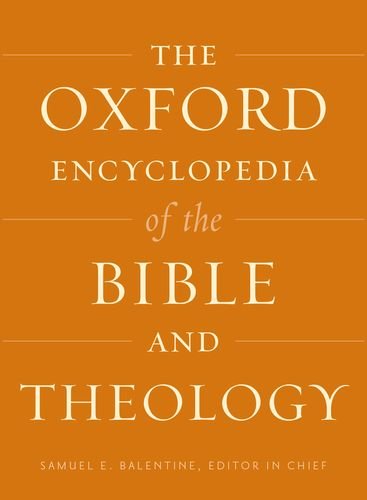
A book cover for The Oxford Encyclopedia of the Bible and Theology: Two-Volume Set (Oxford Encyclopedias of the Bible); Christian Books & Bibles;